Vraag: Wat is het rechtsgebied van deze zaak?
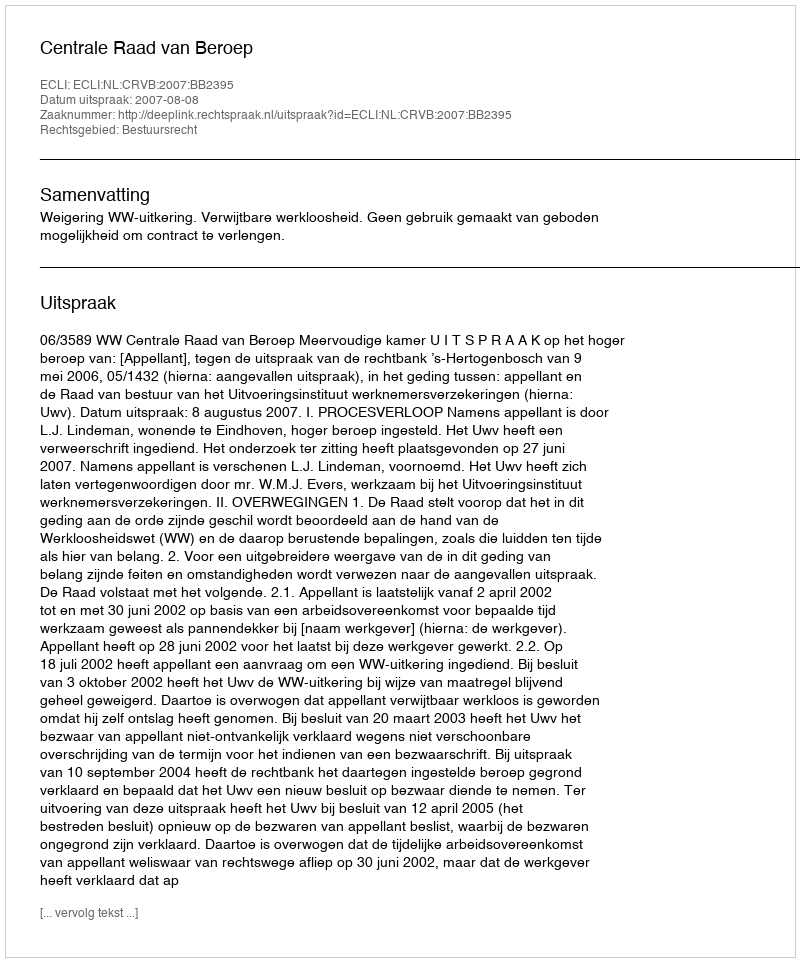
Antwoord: Bestuursrecht